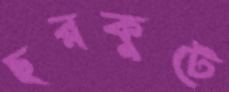
ছরকুটে